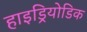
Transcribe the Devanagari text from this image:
हाइड्रियोडिक